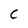
Character: C